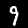
Label: 9